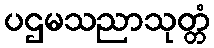
ပဌမသညာသုတ္တံ